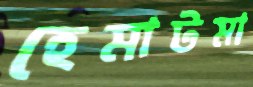
হেমাটমা